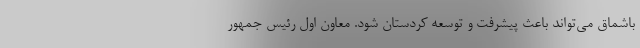
باشماق می‌تواند باعث پیشرفت و توسعه کردستان شود. معاون اول رئیس جمهور